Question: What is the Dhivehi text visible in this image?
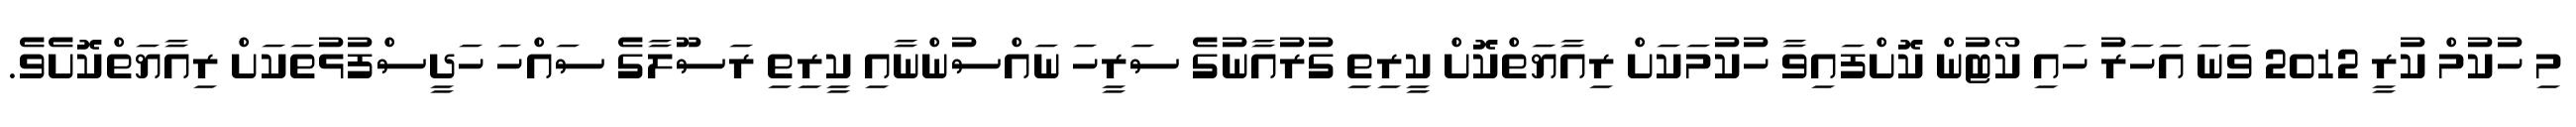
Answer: މި ހުކުމް ކުރީ 2012 ވަނަ އަހަރު ހައި ކޯޓުން ކޮށްފައިވާ ހުކުމަކަށް ރިއާޔަތްކޮށް ކީރިތި ގުރުއާނުގެ ސަރީހަ ނައްސުންނާއި ކީރިތި ރަސޫލާގެ ސައްހަ ހަދީސްފުޅުތަކަށް ރިއާޔަތްކޮށެވެ.